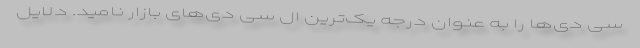
سی دی‌ها را به عنوان درجه یک‌ترین ال سی دی‌های بازار نامید. دلایل